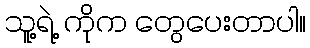
သူ့ရဲ့ ကိုက တွေပေးတာပါ။